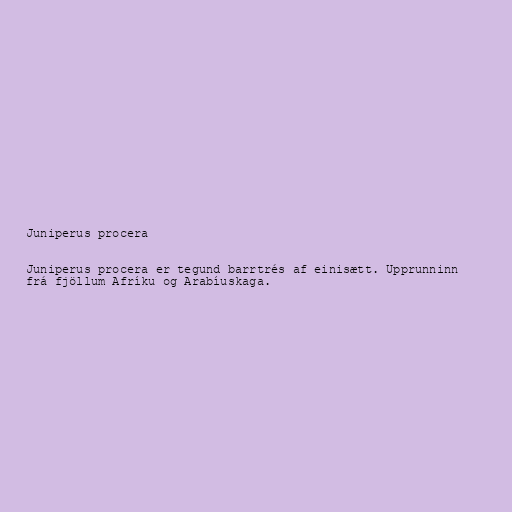
Juniperus procera

Juniperus procera er tegund barrtrés af einisætt. Upprunninn
frá fjöllum Afríku og Arabíuskaga.